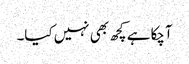
آچکا ہے کچھ بھی نہیں کیا۔